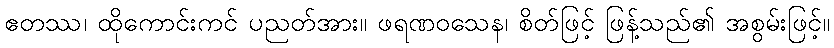
ဧတဿ၊ ထိုကောင်းကင် ပညတ်အား။ ဖရဏဝသေန၊ စိတ်ဖြင့် ဖြန့်သည်၏ အစွမ်းဖြင့်။